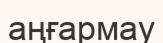
аңғармау